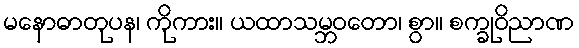
မနောဓာတုပန၊ ကိုကား။ ယထာသမ္ဘဝတော၊ စွာ။ စက္ခုဝိညာဏ